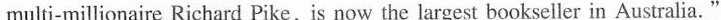
multi-millionaire Richard Pike, is now the largest bookseller in Australia."